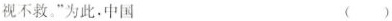
视不救。”为此。中国 ()